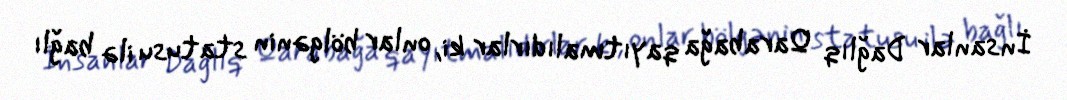
İnsanlar Dağlıq Qarabağa qayıtmalıdırlar ki, onlar bölgənin statusu ilə bağlı